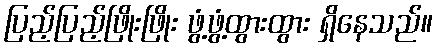
ပြည့်ပြည့်ဖြိုးဖြိုး ဖွံ့ဖွံ့ထွားထွား ရှိနေသည်။